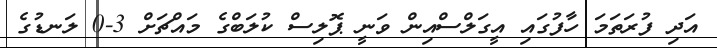
އަދި ފުރަތަމަ ހާފުގައި އީގަލްސްއިން ވަނީ ޕޮލިސް ކުލަބްގެ މައްޗަށް 3-0 ލަނޑުގެ